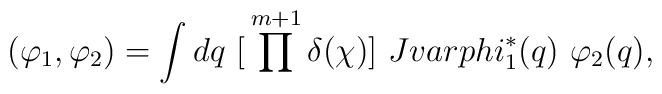
(\varphi_1,\varphi_2)=\int dq\ \big[\prod^{m+1} \delta(\chi)\big]\ J\\varphi^*_1(q)\ \varphi_2(q),